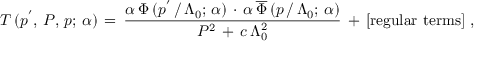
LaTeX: T \, ( p ^ { ' } , \, P , \, p ; \, \alpha ) \, = \, \frac { \alpha \, \Phi \, ( p ^ { ' } \, / \, \Lambda _ { 0 } ; \, \alpha ) \, \cdot \, \alpha \, \overline { { { \Phi } } } \, ( p \, / \, \Lambda _ { 0 } ; \, \alpha ) } { P ^ { 2 } \, + \, c \, \Lambda _ { 0 } ^ { 2 } } \, + \, [ \mathrm { r e g u l a r ~ t e r m s } ] \, \, ,